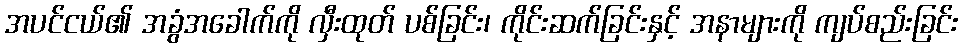
အပင်ငယ်၏ အခွံအခေါက်ကို လှီးထုတ် ပစ်ခြင်း၊ ကိုင်းဆက်ခြင်းနှင့် အနာများကို ကျပ်စည်းခြင်း